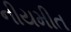
નીયમીત